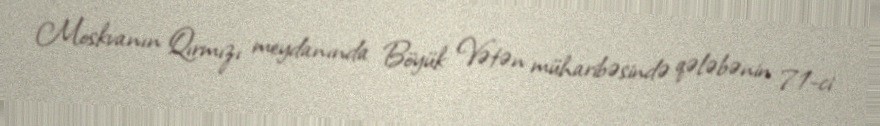
Moskvanın Qırmızı meydanında Böyük Vətən müharibəsində qələbənin 71-ci